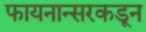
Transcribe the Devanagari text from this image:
फायनान्सरकडून